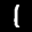
Label: 1